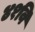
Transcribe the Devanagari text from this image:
४१वि